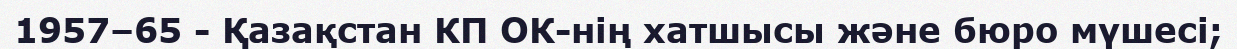
1957–65 - Қазақстан КП ОК-нің хатшысы және бюро мүшесі;